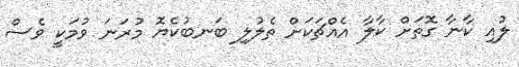
ލުއި ކާނާ ގޮތަށް ކާލާ އެއްޗަކަށް ތެލުލި ބަނބުކެޔޮ މުރަނަ ވުމަކީ ވެސް